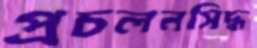
প্রচলনসিদ্ধ